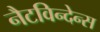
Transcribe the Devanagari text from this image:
नैटविन्देन्स